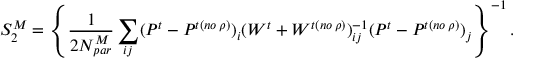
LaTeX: S _ { 2 } ^ { M } = \left\{ { \frac { 1 } { 2 N _ { p a r } ^ { M } } } \sum _ { i j } ( P ^ { t } - P ^ { t ( n o \: \rho ) } ) _ { i } ( W ^ { t } + W ^ { t ( n o \: \rho ) } ) _ { i j } ^ { - 1 } ( P ^ { t } - P ^ { t ( n o \: \rho ) } ) _ { j } \right\} ^ { - 1 } .